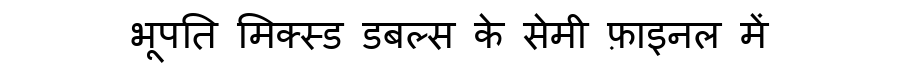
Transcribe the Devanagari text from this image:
भूपति मिक्स्ड डबल्स के सेमी फ़ाइनल में